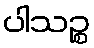
ပါသဉ္စ